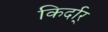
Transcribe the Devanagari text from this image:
किर्दार्